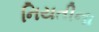
નિયતીના